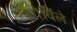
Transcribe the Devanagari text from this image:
ओर्विले